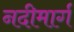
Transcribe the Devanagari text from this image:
नदीमार्ग